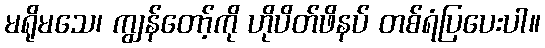
မရိုမသေ၊ ကျွန်တော့်ကို ဟိုပိတ်ဖိနပ် တစ်ရံပြပေးပါ။